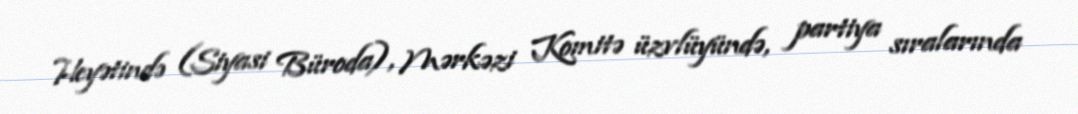
Heyətində (Siyasi Büroda), Mərkəzi Komitə üzvlüyündə, partiya sıralarında